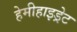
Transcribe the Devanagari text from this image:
हेमीहाइड्रेट